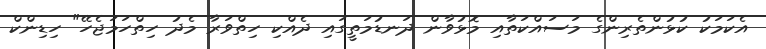
އެކަމަކު ކުޅުންތެރިންގެ މަސައްކަތާއި މޮޅުވާން ދަނޑުމަތީގައި ދެއްކި ހިތްވަރާ މެދު ހިތްހަމަޖެހޭ" ހިޑިންކް